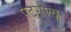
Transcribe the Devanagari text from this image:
पटसोला